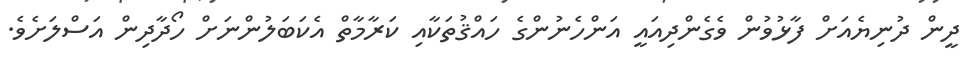
ދީން ދުނިޔެއަށް ފާޅުވުން ވެގެންދިއައީ އަންހެނުންގެ ހައްޤުތަކާއި ކަރާމާތް އެކަބަލުންނަށް ހޯދާދިން އަސްލަށެވެ.